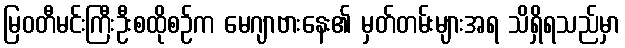
မြဝတီမင်းကြီးဦးစထိုစဉ်က မေဂျာဗားနေး၏ မှတ်တမ်းများအရ သိရှိရသည်မှာ